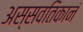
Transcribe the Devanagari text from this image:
अस्सवतिकानं